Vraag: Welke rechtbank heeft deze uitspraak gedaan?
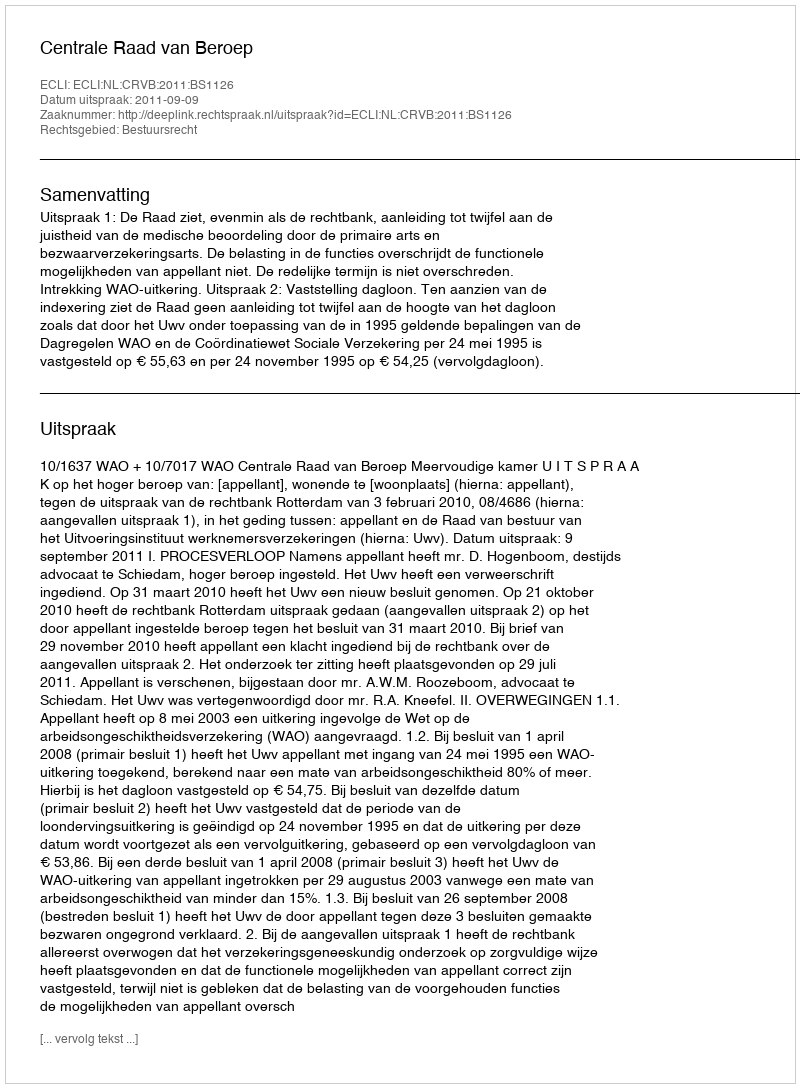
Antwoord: Centrale Raad van Beroep